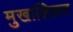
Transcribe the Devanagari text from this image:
मु़खालिफ़त